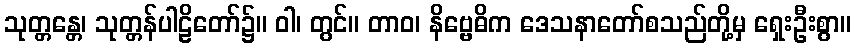
သုတ္တန္တေ၊ သုတ္တန်ပါဠိတော်၌။ ဝါ၊ တွင်။ တာဝ၊ နိဗ္ဗေဓိက ဒေသနာတော်စသည်တို့မှ ရှေးဦးစွာ။